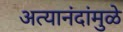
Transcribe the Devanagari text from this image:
अत्यानंदांमुळे